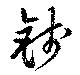
錢